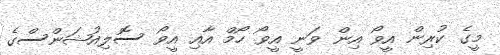
މީގެ ކުރިން އީވޯ އިން ވަނީ އީވޯ ހޯމް އާއި އީވޯ ސޮލިއުޝަންސްގެ